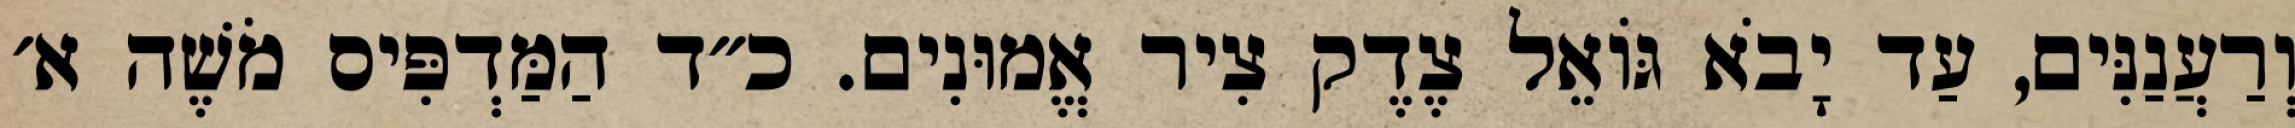
וְרַעֲנַנִּים, עַד יָבֹא גּוֹאֵל צֶדֶק צִיר אֱמוּנִים. כ״ד הַמַּדְפִּיס מֹשֶׁה א׳